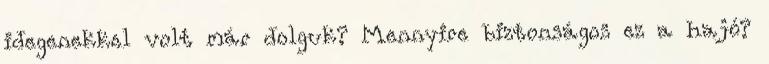
idegenekkel volt már dolguk? Mennyire biztonságos ez a hajó?